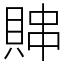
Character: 賗